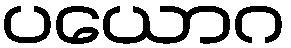
ပယောဂ